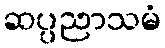
ဆပ္ပညာသမံ